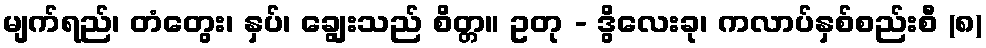
မျက်ရည်၊ တံတွေး၊ နှပ်၊ ချွေးသည် စိတ္တ။ ဥတု - ဒွိလေးခု၊ ကလာပ်နှစ်စည်းစီ (၈)